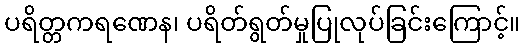
ပရိတ္တကရဏေန၊ ပရိတ်ရွတ်မှုပြုလုပ်ခြင်းကြောင့်။